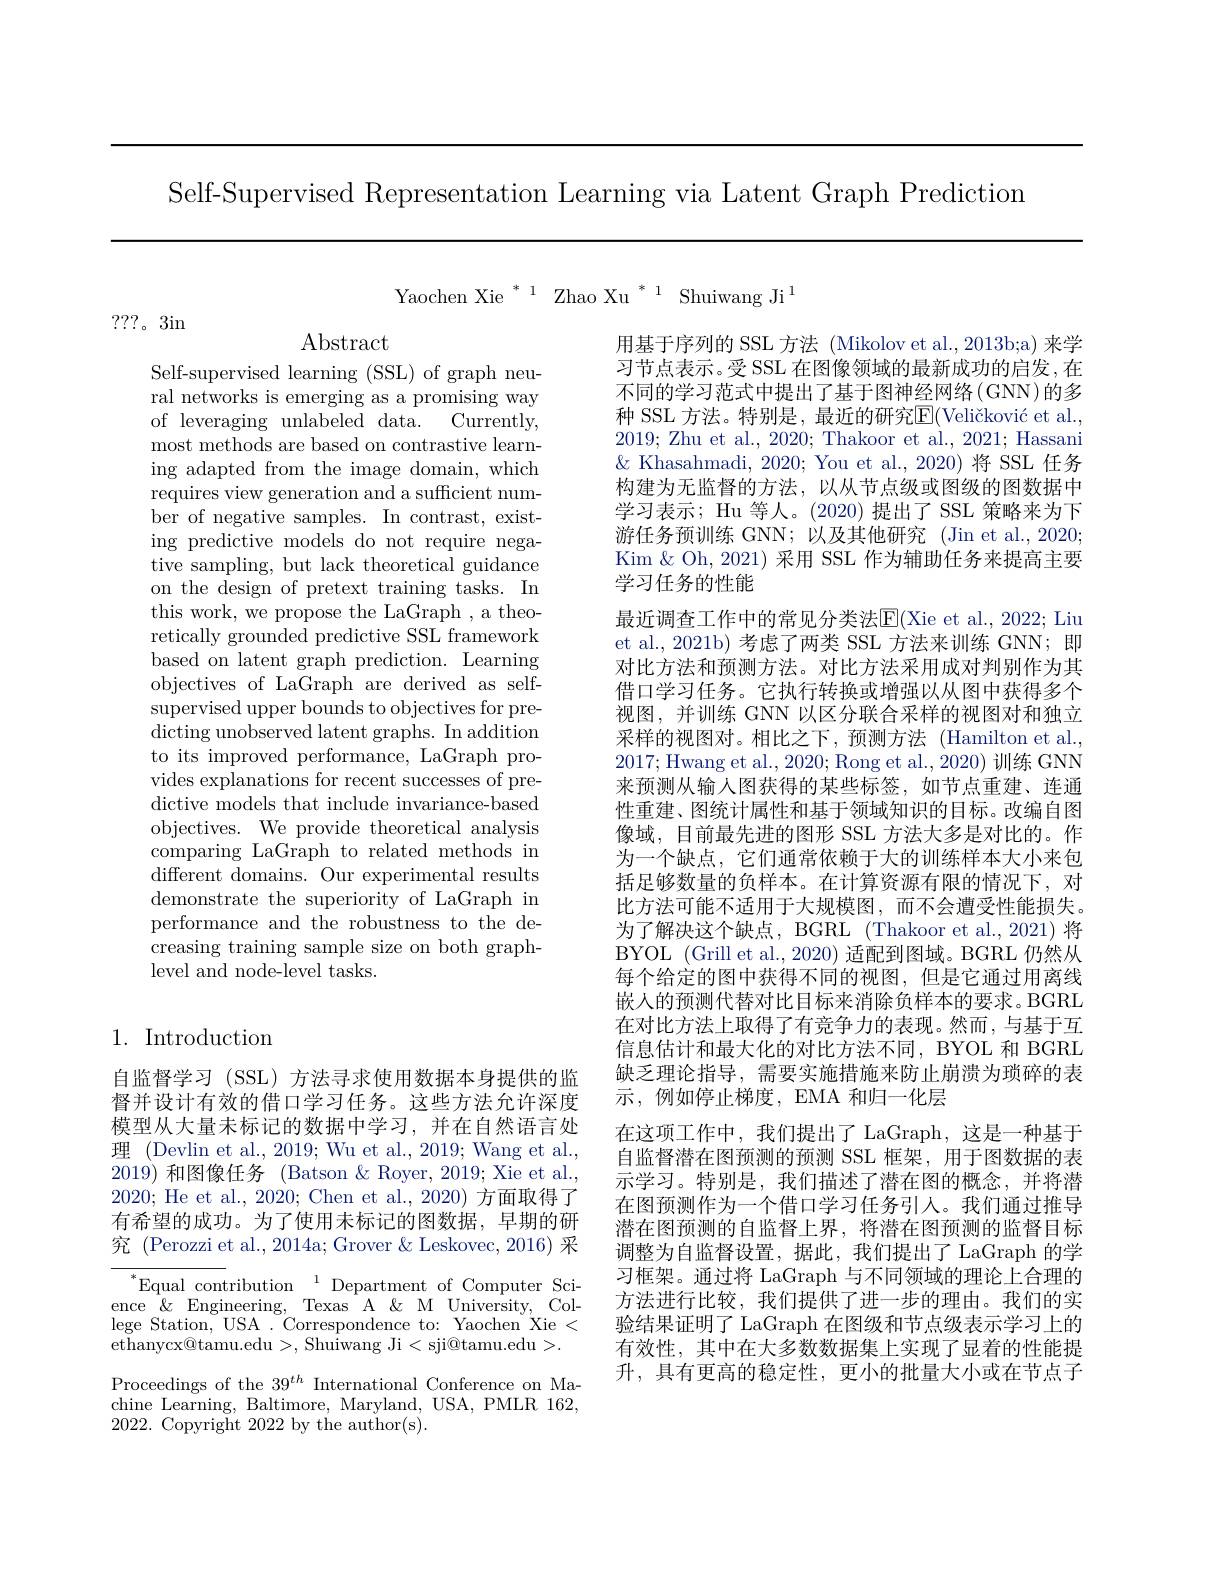
Self-Supervised Representation Learning via Latent Graph Prediction

Yaochen Xie $^*^1$ Zhao Xu$^*^1$ Shuiwang Ji$^1$

???。3in

Abstract

Self-supervised learning (SSL) of graph neural networks is emerging as a promising way of leveraging unlabeled data. Currently, most methods are based on contrastive learning adapted from the image domain, which requires view generation and a sufficient number of negative samples. In contrast, existing predictive models do not require negative sampling, but lack theoretical guidance on the design of pretext training tasks. In this work, we propose the LaGraph , a theoretically grounded predictive SSL framework based on latent graph prediction. Learning objectives of LaGraph are derived as selfsupervised upper bounds to objectives for predicting unobserved latent graphs. In addition to its improved performance, LaGraph provides explanations for recent successes of predictive models that include invariance-based objectives. We provide theoretical analysis comparing LaGraph to related methods in different domains. Our experimental results demonstrate the superiority of LaGraph in performance and the robustness to the decreasing training sample size on both graphlevel and node-level tasks.

## 1. Introduction

自监督学习 (SSL) 方法寻求使用数据本身提供的监督并设计有效的借口学习任务。这些方法允许深度模型从大量未标记的数据中学习，并在自然语言处理 (Devlin et al., 2019; Wu et al., 2019; Wang et al., 2019)和图像任务 (Batson & Royer, 2019; Xie et al., 2020; He et al., 2020; Chen et al., 2020) 方面取得了有希望的成功。为了使用未标记的图数据，早期的研究 (Perozzi et al., 2014a; Grover & Leskovec, 2016) 采$^{*}$Equal contribution$^{1}$Department of Computer Science $\&$ Engineering, Texas A & M University, College Station, USA . Correspondence to: Yaochen Xie < ethanycx@tamu.edu>,Shuiwang Ji<sji@tamu.edu>. Proceedings of the $39^{th}$ International Conference on Machine Learning, Baltimore, Maryland, USA, PMLR 162, 2022. Copyright 2022 by the author(s).

用基于序列的 SSL 方法 (Mikolov et al., 2013b;a) 来学习节点表示。受 SSL 在图像领域的最新成功的启发，在不同的学习范式中提出了基于图神经网络(GNN)的多种 SSL 方法。特别是，最近的研究E(Veli$\v c$kovi$\' {c}$etal. , 2019; Zhu et al., 2020; Thakoor et al., 2021; Hassani $\&$ Khasahmadi, 2020; You et al., 2020)将 SSL 任务构建为无监督的方法，以从节点级或图级的图数据中学习表示；Hu 等人。(2020) 提出了 SSL 策略来为下游任务预训练 GNN; 以及其他研究 (Jin et al., 2020; Kim & Oh, 2021) 采用 SSL 作为辅助任务来提高主要学习任务的性能
最近调查工作中的常见分类法$\overline {E}$( Xie et al. , 2022; Liu et al., 2021b) 考虑了两类 SSL 方法来训练 GNN; 即对比方法和预测方法。对比方法采用成对判别作为其借口学习任务。它执行转换或增强以从图中获得多个视图，并训练 GNN 以区分联合采样的视图对和独立采样的视图对。相比之下，预测方法(Hamilton et al., 2017;Hwang et al., 2020; Rong et al., 2020) 训练 GNN 来预测从输入图获得的某些标签，如节点重建、连通性重建、图统计属性和基于领域知识的目标。改编自图像域，目前最先进的图形 SSL 方法大多是对比的。作为一个缺点，它们通常依赖于大的训练样本大小来包括足够数量的负样本。在计算资源有限的情况下，对比方法可能不适用于大规模图，而不会遭受性能损失。为了解决这个缺点，BGRL (Thakoor et al., 2021) 将BYOL (Grill et al., 2020) 适配到图域。BGRL 仍然从每个给定的图中获得不同的视图，但是它通过用离线嵌人的预测代替对比目标来消除负样本的要求。BGRL 在对比方法上取得了有竞争力的表现。然而，与基于互信息估计和最大化的对比方法不同，BYOL 和 BGRL 缺乏理论指导，需要实施措施来防止崩溃为琐碎的表示，例如停止梯度，EMA 和归一化层
在这项工作中，我们提出了 LaGraph, 这是一种基于自监督潜在图预测的预测 SSL 框架，用于图数据的表示学习。特别是，我们描述了潜在图的概念，并将潜在图预测作为一个借口学习任务引人。我们通过推导潜在图预测的自监督上界，将潜在图预测的监督目标调整为自监督设置，据此，我们提出了 LaGraph 的学习框架。通过将 LaGraph 与不同领域的理论上合理的方法进行比较，我们提供了进一步的理由。我们的实验结果证明了 LaGraph 在图级和节点级表示学习上的有效性，其中在大多数数据集上实现了显着的性能提升，具有更高的稳定性，更小的批量大小或在节点子